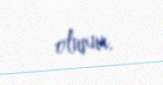
olunur.